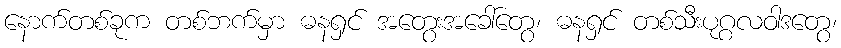
နောက်တစ်ခုက တစ်ဘက်မှာ ဓနရှင် အတွေးအခေါ်တွေ၊ ဓနရှင် တစ်သီးပုဂ္ဂလဝါဒတွေ၊